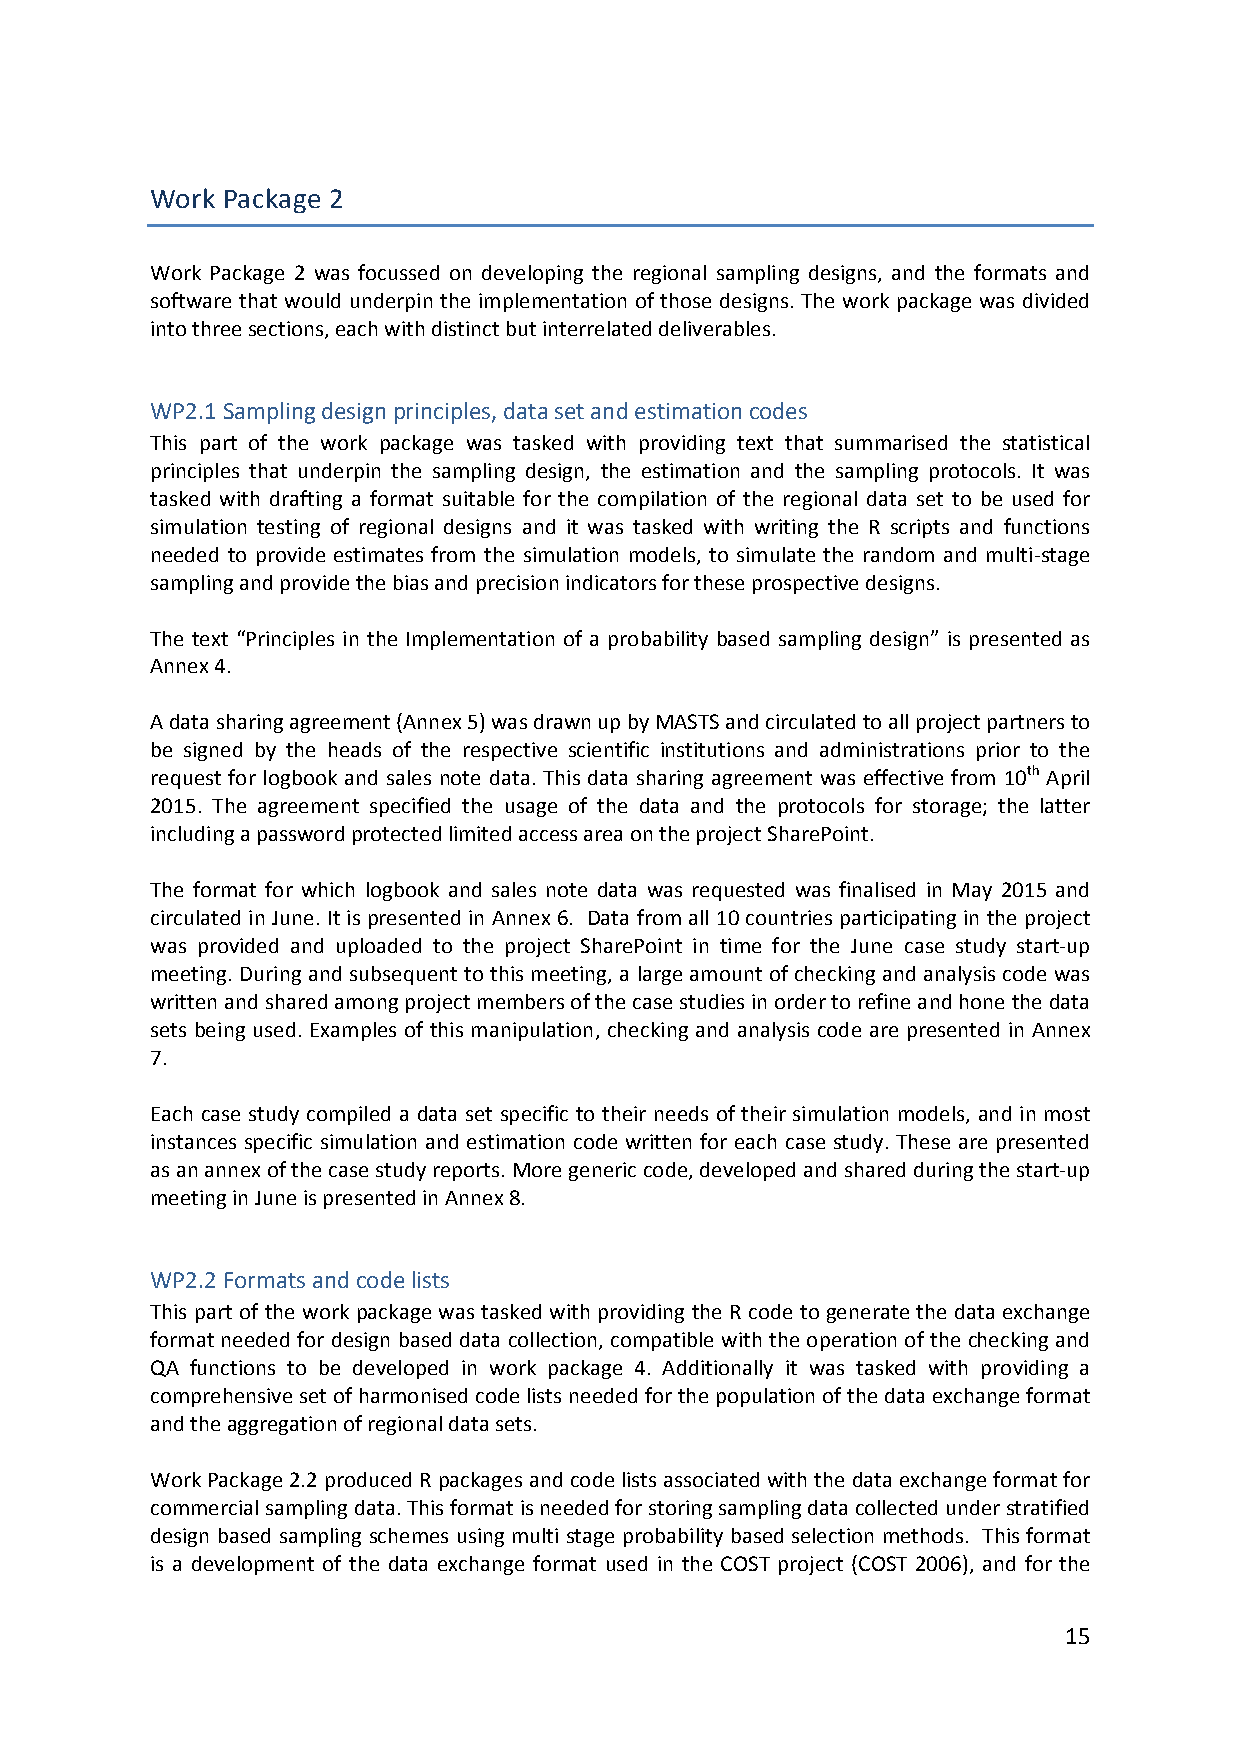
Work Package 2
 Work Package 2 was focussed on developing the regional sampling designs, and the formats and
 software that would underpin the implementation of those designs. The work package was divided
 into three sections, each with distinct but interrelated deliverables.
 WP2.1 Sampling design principles, data set and estimation codes
 This part of the work package was tasked with providing text that summarised the statistical
 principles that underpin the sampling design, the estimation and the sampling protocols. It was
 tasked with drafting a format suitable for the compilation of the regional data set to be used for
 simulation testing of regional designs and it was tasked with writing the R scripts and functions
 needed to provide estimates from the simulation models, to simulate the random and multi‐stage
 sampling and provide the bias and precision indicators for these prospective designs.
 The text “Principles in the Implementation of a probability based sampling design” is presented as
 Annex 4.
 A data sharing agreement (Annex 5) was drawn up by MASTS and circulated to all project partners to
 be signed by the heads of the respective scientific institutions and administrations prior to the
 request for logbook and sales note data. This data sharing agreement was effective from 10th April
 2015. The agreement specified the usage of the data and the protocols for storage; the latter
 including a password protected limited access area on the project SharePoint.
 The format for which logbook and sales note data was requested was finalised in May 2015 and
 circulated in June. It is presented in Annex 6. Data from all 10 countries participating in the project
 was provided and uploaded to the project SharePoint in time for the June case study start‐up
 meeting. During and subsequent to this meeting, a large amount of checking and analysis code was
 written and shared among project members of the case studies in order to refine and hone the data
 sets being used. Examples of this manipulation, checking and analysis code are presented in Annex
 7.
 Each case study compiled a data set specific to their needs of their simulation models, and in most
 instances specific simulation and estimation code written for each case study. These are presented
 as an annex of the case study reports. More generic code, developed and shared during the start‐up
 meeting in June is presented in Annex 8.
 WP2.2 Formats and code lists
 This part of the work package was tasked with providing the R code to generate the data exchange
 format needed for design based data collection, compatible with the operation of the checking and
 QA functions to be developed in work package 4. Additionally it was tasked with providing a
 comprehensive set of harmonised code lists needed for the population of the data exchange format
 and the aggregation of regional data sets.
 Work Package 2.2 produced R packages and code lists associated with the data exchange format for
 commercial sampling data. This format is needed for storing sampling data collected under stratified
 design based sampling schemes using multi stage probability based selection methods. This format
 is a development of the data exchange format used in the COST project (COST 2006), and for the
 15